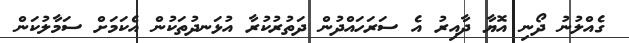
ގެއްލުނު ދޯނި އޮޔާ ދާއިރު އެ ސަރަހައްދުން ދަތުރުކުރާ އުޅަނދުތަކުން އެކަމަށް ސަމާލުކަން